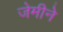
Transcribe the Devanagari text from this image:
जेमीने